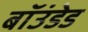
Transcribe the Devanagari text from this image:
बॉउंडेड